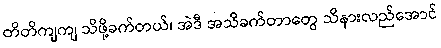
တိတိကျကျ သိဖို့ခက်တယ်၊ အဲဒီ အသိခက်တာတွေ သိနားလည်အောင်